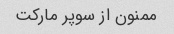
ممنون از سوپر مارکت